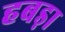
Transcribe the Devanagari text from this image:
हबड़ा